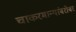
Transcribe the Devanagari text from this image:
चाकरमान्यांबरोबर